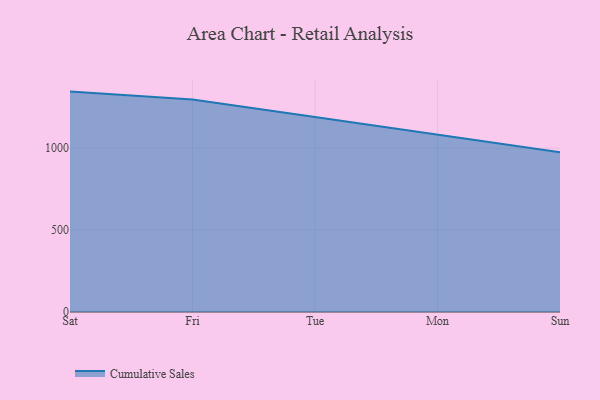
{"axis": {"x": "Day", "y": "Website Visitors"}, "legend": ["Cumulative Sales"], "data": [{"x": "Sat", "y": 1345.6, "type": "Cumulative Sales"}, {"x": "Fri", "y": 1297.4, "type": "Cumulative Sales"}, {"x": "Tue", "y": 1189.9, "type": "Cumulative Sales"}, {"x": "Mon", "y": 1084.2, "type": "Cumulative Sales"}, {"x": "Sun", "y": 975.0, "type": "Cumulative Sales"}]}